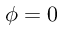
\phi = 0